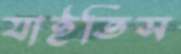
যাইতিস